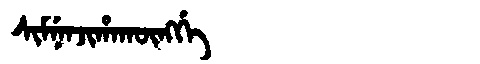
Manchu: ᠰᡳᠮᠨᡝᠨᠵᡳᡥᠠᡴᡡᠩᡤᡝ
Romanization: SIMNENJIHAKŪNGGE